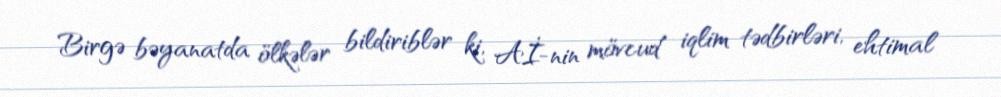
Birgə bəyanatda ölkələr bildiriblər ki, Aİ-nin mövcud iqlim tədbirləri, ehtimal